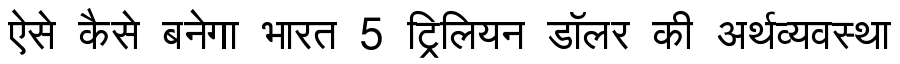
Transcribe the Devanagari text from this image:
ऐसे कैसे बनेगा भारत 5 ट्रिलियन डॉलर की अर्थव्यवस्था